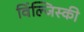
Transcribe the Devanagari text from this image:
विंल्जिस्की